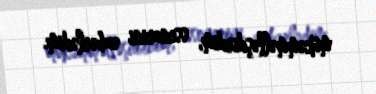
mükəmməlləşdirdim, ssenarini əzbərlədim.